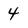
Character: 4